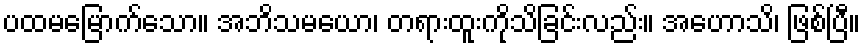
ပထမမြောက်သော။ အဘိသမယော၊ တရားထူးကိုသိခြင်းလည်း။ အဟောသိ၊ ဖြစ်ပြီ။